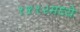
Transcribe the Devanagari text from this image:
१५१२मध्ये